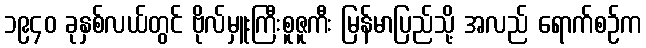
၁၉၄၀ ခုနှစ်လယ်တွင် ဗိုလ်မှူးကြီးစူဇူကီး မြန်မာပြည်သို့ အလည် ရောက်စဉ်က